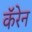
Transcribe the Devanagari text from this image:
कॅरेन